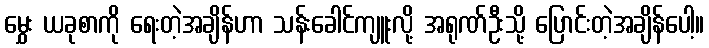
မွှေး ယခုစာကို ရေးတဲ့အချိန်ဟာ သန်းခေါင်ကျူးလို့ အရုဏ်ဦးသို့ ပြောင်းတဲ့အချိန်ပေါ့။